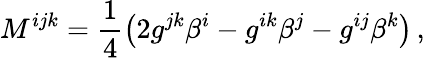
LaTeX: M^{ijk}=\frac{1}{4}\left(2g^{jk}\beta^{i}-g^{ik}\beta^{j}-g^{ij}\beta^{k}\right)\, ,